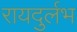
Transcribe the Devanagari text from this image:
रायदुर्लभ